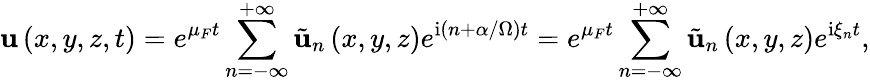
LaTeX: \mathbf{u}\left(x,y,z,t\right)=e^{\mu_{F}t}\sum_{n=-\infty}^{+\infty}\tilde{\mathbf{u}}_{n}\left(x,y,z\right)e^{\mathrm{i}\left(n+\alpha/\Omega\right)t}=e^{\mu_{F}t}\sum_{n=-\infty}^{+\infty}\tilde{\mathbf{u}}_{n}\left(x,y,z\right)e^{\mathrm{i}\xi_{n}t},